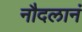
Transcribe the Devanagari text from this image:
नौदलानं